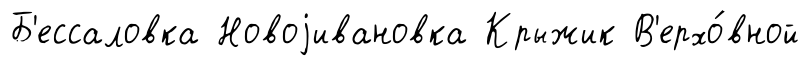
Б'ессаловка Новоjивановка Крыжик В'ерхо́вной